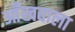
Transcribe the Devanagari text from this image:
आँखवाला